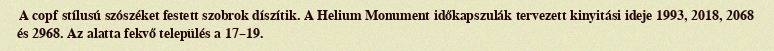
A copf stílusú szószéket festett szobrok díszítik. A Helium Monument időkapszulák tervezett kinyitási ideje 1993, 2018, 2068 és 2968. Az alatta fekvő település a 17–19.